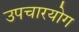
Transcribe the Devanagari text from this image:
उपचारयोग